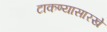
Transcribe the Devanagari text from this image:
टाकण्यासारखे